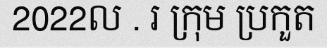
2022ល . រ ក្រុម ប្រកួត